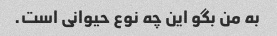
به من بگو این چه نوع حیوانی است.